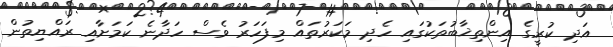
އަދި ކުރީގެ އިންތިޚާބުތަކުގައި ހެދި މަކަރުތައް މިފަހަރު ވެސް ހަދާނެ ކަމަށާއި ރައްޔިތުން